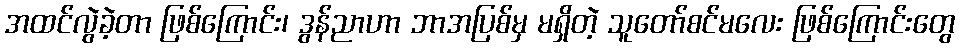
အထင်လွဲခဲ့တာ ဖြစ်ကြောင်း၊ ဒွန်ညာဟာ ဘာအပြစ်မှ မရှိတဲ့ သူတော်စင်မလေး ဖြစ်ကြောင်းတွေ